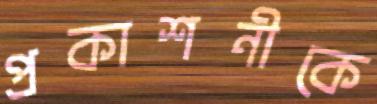
প্রকাশনীকে